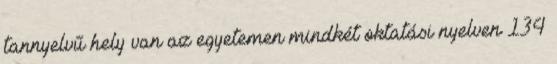
tannyelvű hely van az egyetemen mindkét oktatási nyelven 134